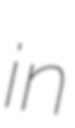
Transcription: in